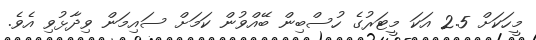
މީހަކަށް 2.5 އަކަ މީޓަރުގެ ހުސްބިން ބޭއްވުން ކަމަށް ސައިމަން ވިދާޅުވި އެވެ.